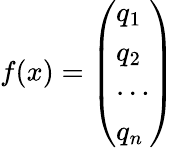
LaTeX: \begin{array}{r}{f(x)=\left(\begin{array}{l}{q_{1}}\\ {q_{2}}\\ {\cdots}\\ {q_{n}}\end{array}\right)}\end{array}